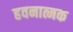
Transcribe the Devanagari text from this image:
हवनात्मक